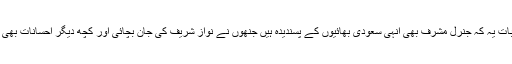
پہلی بات یہ کہ جنرل مشرف بھی انہی سعودی بھائیوں کے پسندیدہ ہیں جنھوں نے نواز شریف کی جان بچائی اور کچھ دیگر احسانات بھی کیے۔